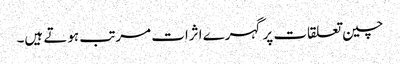
چین تعلقات پر گہرے اثرات مرتب ہوتے ہیں۔